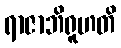
ရာဇာဘိရူဟတိ